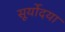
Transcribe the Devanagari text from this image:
सूर्योदया